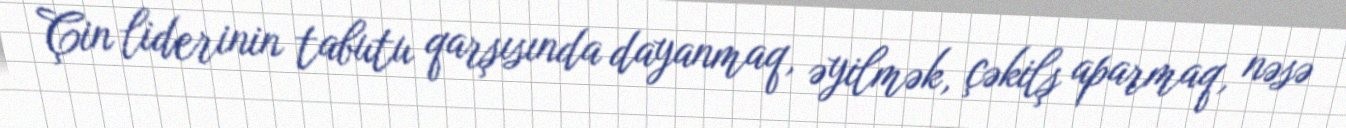
Çin liderinin tabutu qarşısında dayanmaq, əyilmək, çəkilş aparmaq, nəsə